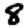
Digit: 8